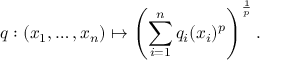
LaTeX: q : ( x _ { 1 } , \ldots , x _ { n } ) \mapsto \left( \sum _ { i = 1 } ^ { n } q _ { i } ( x _ { i } ) ^ { p } \right) ^ { \frac { 1 } { p } } .